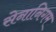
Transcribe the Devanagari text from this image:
सेनानिगम